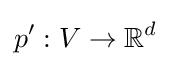
p':V\rightarrow \mathbb {R} ^{d}